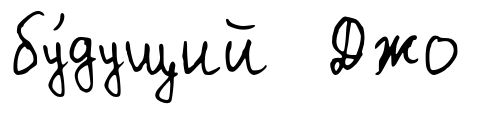
бу́дущий Джо